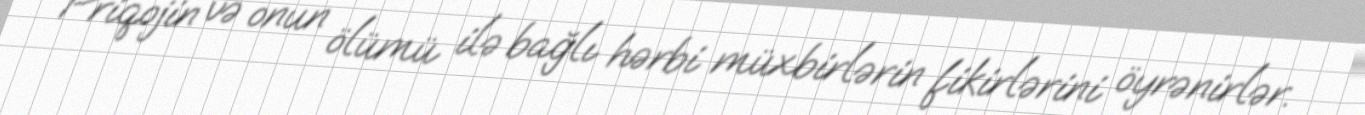
Priqojin və onun ölümü ilə bağlı hərbi müxbirlərin fikirlərini öyrənirlər.